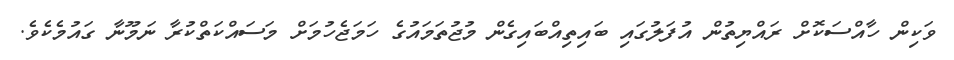
ވަކިން ހާއްސަކޮށް ރައްޔިތުން އުފަލުގައި ބައިތިއްބައިގެން މުޖުތަމައުގެ ހަމަޖެހުމަށް މަސައްކަތްކުރާ ނަމޫނާ ގައުމެކެވެ.